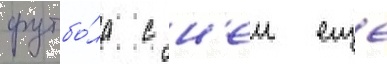
футбо́ла с н'еи еще